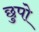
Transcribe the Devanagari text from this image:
छुपो